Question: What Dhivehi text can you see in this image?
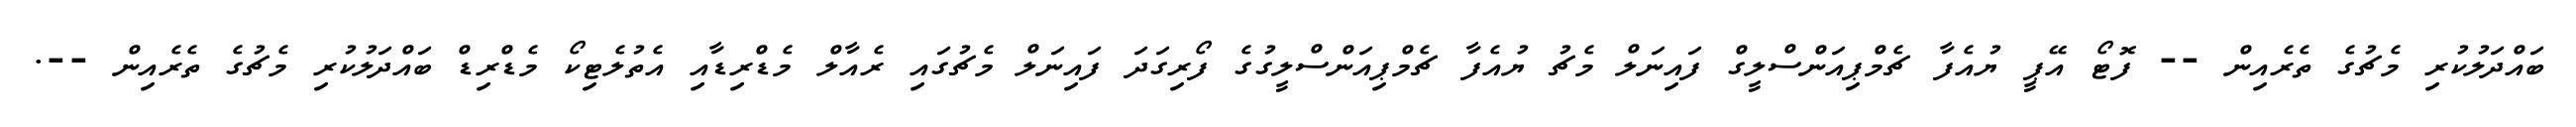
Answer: ބައްދަލުކުރި މެޗުގެ ތެރެއިން -- ފޮޓޯ އޭޕީ ޔުއެފާ ޗެމްޕިއަންސްލީގް ފައިނަލް މެޗު ޔުއެފާ ޗެމްޕިއަންސްލީގުގެ ފޯރިގަދަ ފައިނަލް މެޗުގައި ރެއާލް މެޑްރިޑާއި އެތުލެޓިކޯ މެޑްރިޑް ބައްދަލުކުރި މެޗުގެ ތެރެއިން --.